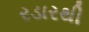
રડારથી